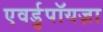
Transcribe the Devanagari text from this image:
एवर्डुपॉयज़ा